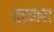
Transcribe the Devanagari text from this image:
द्द्वारा